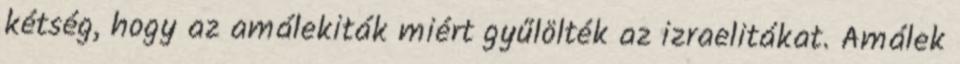
kétség, hogy az amálekiták miért gyűlölték az izraelitákat. Amálek